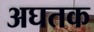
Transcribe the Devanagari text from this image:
अघतक